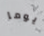
يوما